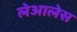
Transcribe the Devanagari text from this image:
लेआलेस